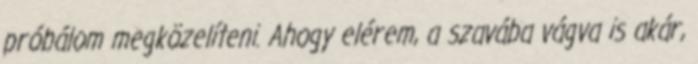
próbálom megközelíteni. Ahogy elérem, a szavába vágva is akár,